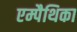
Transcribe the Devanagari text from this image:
एम्पैथिका